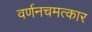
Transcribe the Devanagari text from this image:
वर्णनचमत्कार